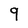
Character: 9